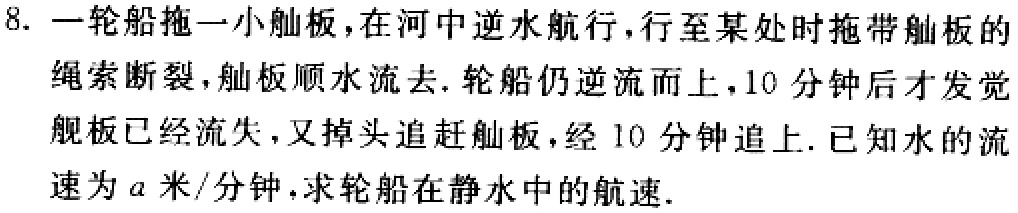
8. 一轮船拖一小舢板，在河中逆水航行，行至某处时拖带舢板的绳索断裂，舢板顺水流去. 轮船仍逆流而上，10分钟后才发觉舢板已经流失，又掉头追赶舢板，经10分钟追上. 已知水的流速为\(a\)米/分钟，求轮船在静水中的航速.